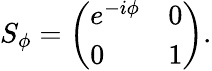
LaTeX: \begin{array}{r}{S_{\phi}=\left(\begin{array}{ll}{e^{-i\phi}}&{0}\\ {0}&{1}\end{array}\right).}\end{array}